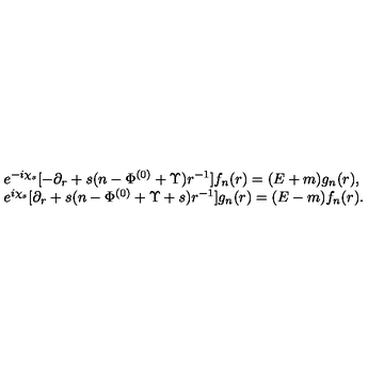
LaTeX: \begin{array} { l } { e ^ { - i \chi _ { s } } [ - \partial _ { r } + s ( n - \Phi ^ { ( 0 ) } + \Upsilon ) r ^ { - 1 } ] f _ { n } ( r ) = ( E + m ) g _ { n } ( r ) , } \\ { e ^ { i \chi _ { s } } [ \partial _ { r } + s ( n - \Phi ^ { ( 0 ) } + \Upsilon + s ) r ^ { - 1 } ] g _ { n } ( r ) = ( E - m ) f _ { n } ( r ) . } \\ \end{array}